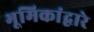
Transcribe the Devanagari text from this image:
भूमिकांद्वारे